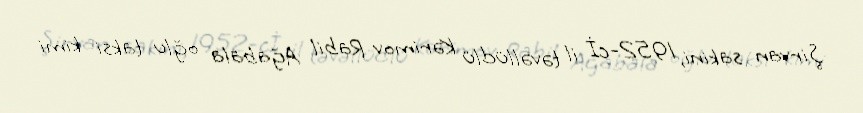
Şirvan sakini, 1952-cİ il təvəllüdlü Kərimov Rabil Ağabala oğlu taksi kimi